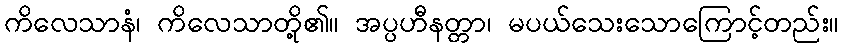
ကိလေသာနံ၊ ကိလေသာတို့၏။ အပ္ပဟီနတ္တာ၊ မပယ်သေးသောကြောင့်တည်း။